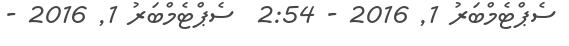
ސެޕްޓެމްބަރު 1